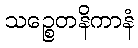
သဉ္စေတနိကာနံ